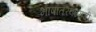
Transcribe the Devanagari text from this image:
भाषांतरकाराची